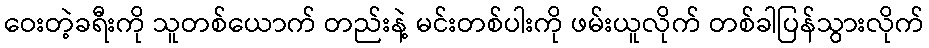
ဝေးတဲ့ခရီးကို သူတစ်ယောက် တည်းနဲ့ မင်းတစ်ပါးကို ဖမ်းယူလိုက် တစ်ခါပြန်သွားလိုက်